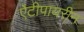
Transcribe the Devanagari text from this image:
ऐंटीपायरीन